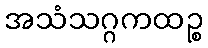
အသံသဂ္ဂကထဉ္စ